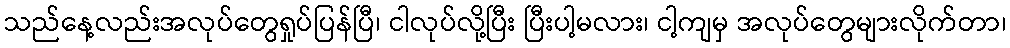
သည်နေ့လည်းအလုပ်တွေရှုပ်ပြန်ပြီ၊ ငါလုပ်လို့ပြီး ပြီးပါ့မလား၊ ငါ့ကျမှ အလုပ်တွေများလိုက်တာ၊